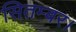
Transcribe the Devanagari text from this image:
सितम्बर।